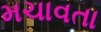
મચાવતા